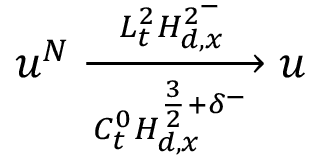
u ^ { N } \xrightarrow [ C _ { t } ^ { 0 } H _ { d , x } ^ { \frac { 3 } { 2 } + \delta ^ { - } } ] { L _ { t } ^ { 2 } H _ { d , x } ^ { 2 ^ { - } } } u